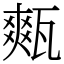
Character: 㼽